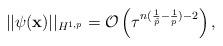
LaTeX: \begin{align*} \vert \vert \psi(\mathbf x)\vert \vert_{H^{1,p}}=\mathcal O\left(\tau^{n(\frac{1}{\tilde p}-\frac{1}{p})-2}\right ), \end{align*}